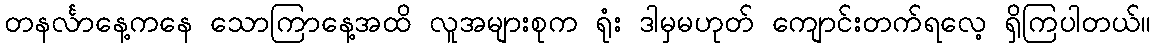
တနင်္လာနေ့ကနေ သောကြာနေ့အထိ လူအများစုက ရုံး ဒါမှမဟုတ် ကျောင်းတက်ရလေ့ ရှိကြပါတယ်။